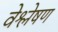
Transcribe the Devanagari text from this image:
वेश्लेषण